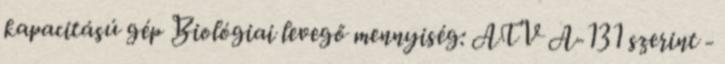
kapacitású gép Biológiai levegő mennyiség: ATV A-131 szerint -